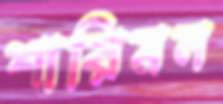
শারিমন